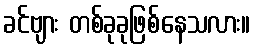
ခင်ဗျား တစ်ခုခုဖြစ်နေသလား။